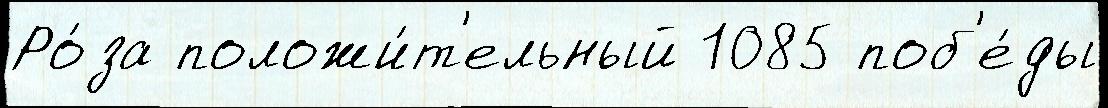
Ро́за положи́т'ельный 1085 поб'е́ды